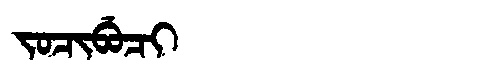
Manchu: ᠵᠣᠴᡳᠪᡠᠴᡳ
Romanization: JOCIBUCI